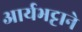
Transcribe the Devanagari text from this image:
आर्यभट्टाने